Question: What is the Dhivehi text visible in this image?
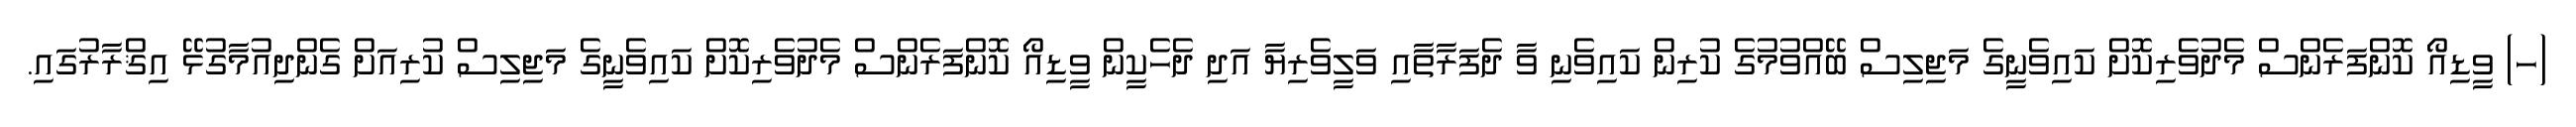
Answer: (ހ) ވީޑިއޯ ކޮންފަރެންސް މެދުވެރިކޮށް ކައިވެނީގެ މަޖިލިސް ބޭއްވުމުގެ ކުރިން ކައިވެނި ވާ ދެފަރާތާއި ވަލީވެރިޔާ އަދި ދެހެކީން ވީޑިއޯ ކޮންފަރެންސް މެދުވެރިކޮށް ކައިވެނީގެ މަޖިލިސް ކުރިއަށް ގެންދިއުމާގުޅޭ އިޤްރާރުގައި.